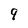
Character: 9